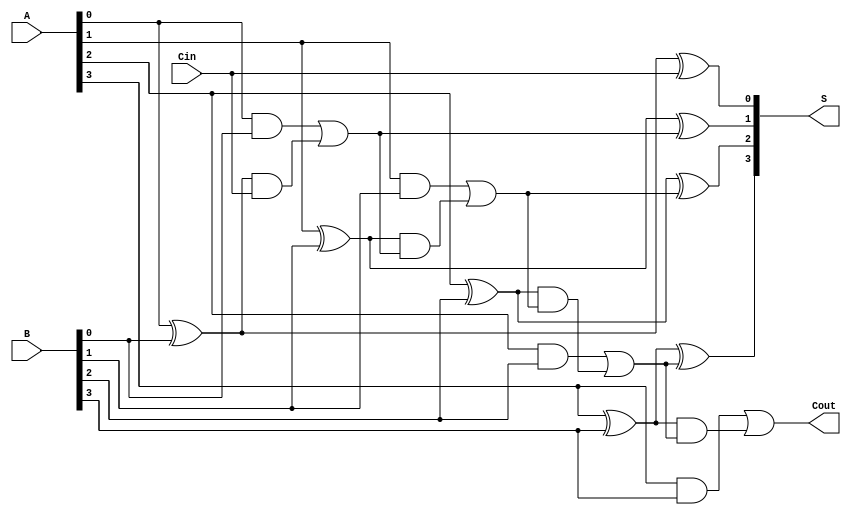
module CarryLookaheadAdder #(parameter n = 4) (
    input [n-1:0] A,      // First n-bit input
    input [n-1:0] B,      // Second n-bit input
    input Cin,            // Carry-in
    output [n-1:0] S,     // n-bit sum output
    output Cout           // Carry-out
);

    // Generate and Propagate signals
    wire [n-1:0] G; // Generate signals
    wire [n-1:0] P; // Propagate signals
    wire [n:0] C;   // Carry signals

    // Generate and Propagate calculations
    genvar i;
    generate
        for (i = 0; i < n; i = i + 1) begin : gen_prop
            assign G[i] = A[i] & B[i];       // Generate
            assign P[i] = A[i] ^ B[i];       // Propagate
        end
    endgenerate

    // Carry calculations
    assign C[0] = Cin; // C0 is the carry-in

    generate
        for (i = 1; i <= n; i = i + 1) begin : carry_calc
            assign C[i] = G[i-1] | (P[i-1] & C[i-1]);
        end
    endgenerate

    // Sum calculations
    generate
        for (i = 0; i < n; i = i + 1) begin : sum_calc
            assign S[i] = P[i] ^ C[i]; // Sum
        end
    endgenerate

    // Final carry-out
    assign Cout = C[n]; // Cout is the last carry

endmodule